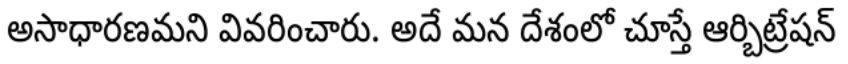
అసాధారణమని వివరించారు. అదే మన దేశంలో చూస్తే ఆర్బిట్రేషన్